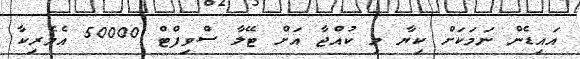
އައިޑެން ނަމަކަށް ކިޔާ މި ކުއްޖާ އަށް ޓޭލާ ސްވިފްޓް 50000 އެމެރިކާ